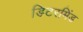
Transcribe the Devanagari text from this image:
डिटरमिंड